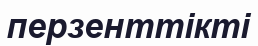
перзенттікті